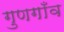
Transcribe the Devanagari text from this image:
गुणगाँव